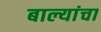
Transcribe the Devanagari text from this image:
बाल्यांचा